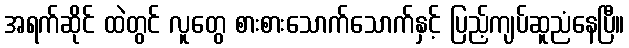
အရက်ဆိုင် ထဲတွင် လူတွေ စားစားသောက်သောက်နှင့် ပြည့်ကျပ်ဆူညံနေပြီ။